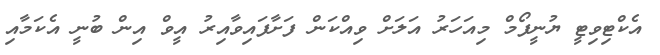
އެކްޓިވިޓީ ޔުނީފޯމް މިއަހަރު އަލަށް ވިއްކަން ފަށާފައިވާއިރު އީވް އިން ބުނީ އެކަމާއި